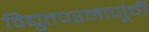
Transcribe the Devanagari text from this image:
विद्युतपरमाणूंची